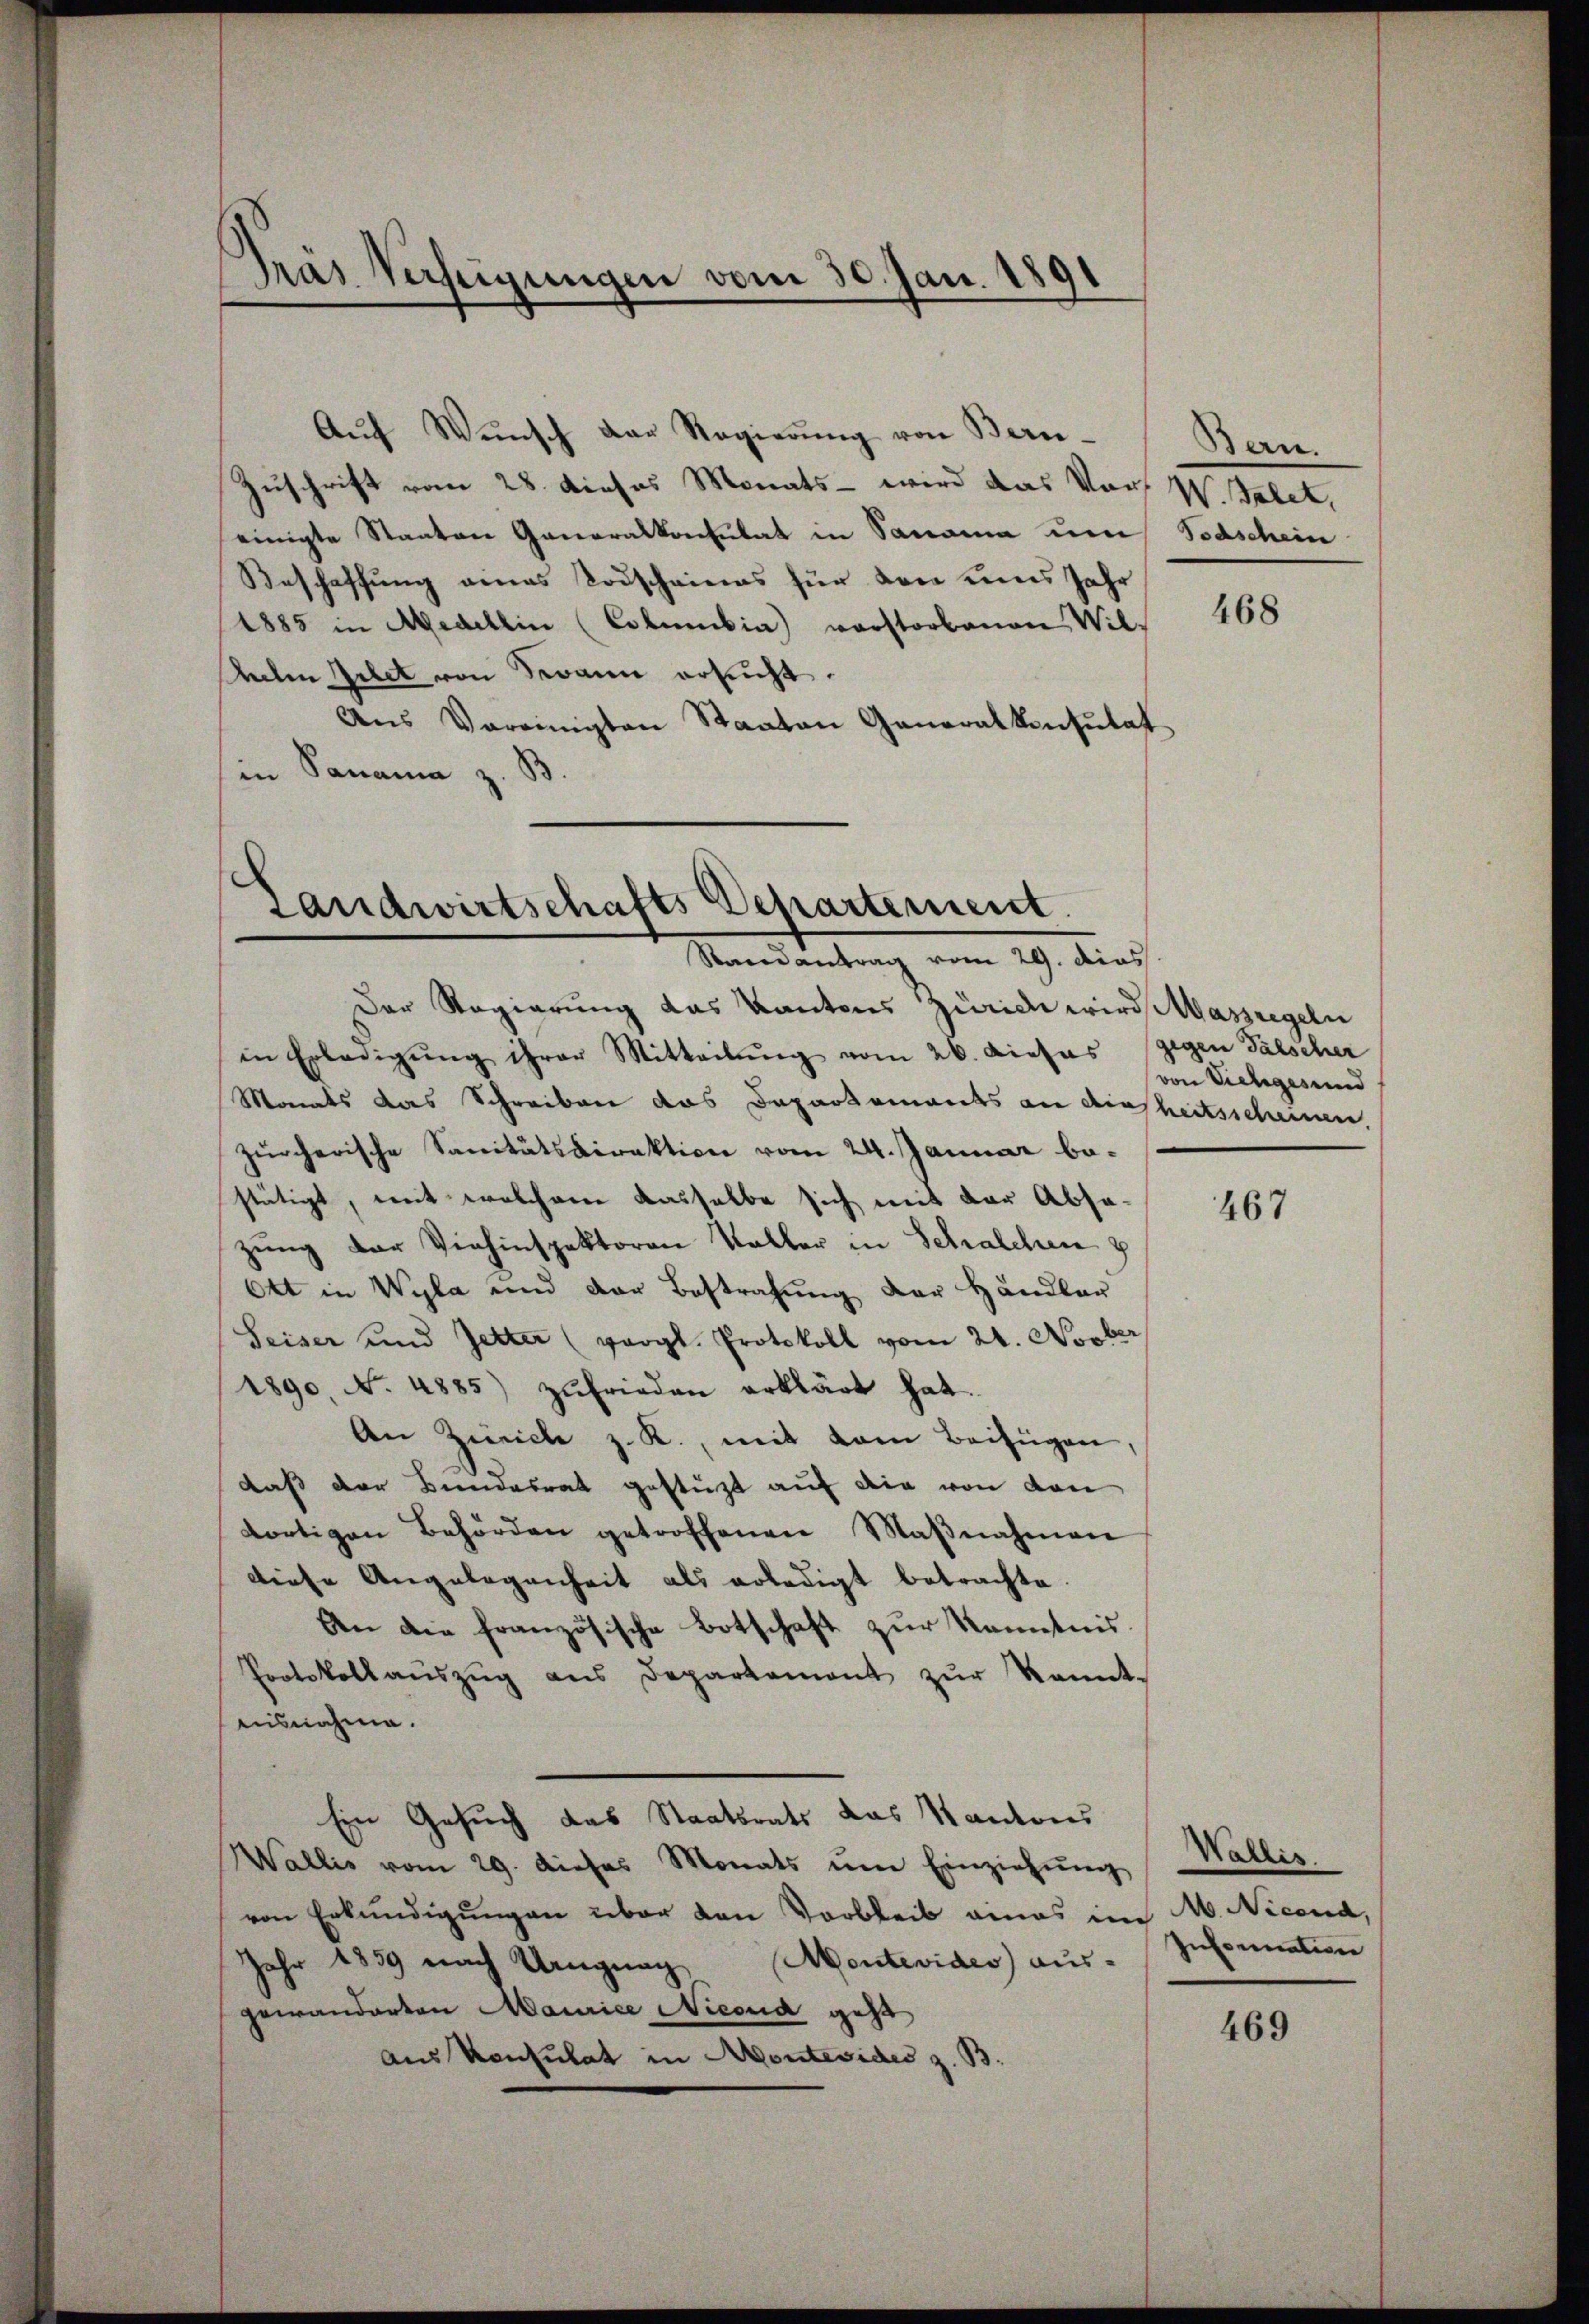
Pras Verfügungen vom 30. Jan. 1891

Aŭf Wŭnsch der Regierŭng von Bern.
Zuschrift vom 28. dieses Monats - wird das Vors W. Talet,
einigte Staaten Generalkonsulat in Panama um Todschein
Beschaffung eines Todscheines für den eines Jahr
1885 in Medellin (Columbia) vorstorbenen Wil-
helen Gebet von Twann ersucht.
Ans Vereinigten Staaten Generalkonsulat
in Panama z. B.

Landwirtschafts Departement.
Randantrag vom 29. dies

Bern.

Der Regierung das Kantons Zürich wird Massregeln
in Erledigŭng ihrer Mitteilŭng vom 26. dieses gegen Fälscher
Monds das Schreiben das Departements an einheitsscheinen,
Zürcherische Sanitätsdirektion vom 24. Januar bestätigt, mit welchem dasselbe sich mit der Absazung der Viehinspektoren Kaller in Schalchen
Ott in Wyla und der Bestrafung der Händler
Seiser und Zetter (vergl. Protokoll vom 24. Novber
1890, No. 4885) zufrieden erklärt hat.
An Zürich z. R., mit dem Beifügen,
daß der Bundesrat gestüzt auf die von den
dortigen Behörden getroffenen Maβnahmen
diese Angelegenheit als erledigt betrachte
An die französische Botschaft zur Kenntnis.
Protokollaŭszŭg ans Departemont zŭr kannt-
ausnahme.
Ein Gesuch das Staatsrats das Kantons
Wallis vom 29. Dieses Monats ŭm Einziehŭng
von Erkŭndigŭngen über den Vorbleib eines im M. Nicend,
Jahr 1839 nach Uruguag Montevides) aus-
gewanderten Maurice Nieond gest
aus Konsulat in Montevides z. B

468

von Viehiges und

467

Wallis.
Information

469